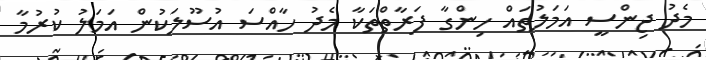
މެދު ޖިންސީ އަމަލުތައް ހިންގާ ފަރާތްތަކާ މެދު ހާއްސަ އުސޫލަކުން އަމަލު ކުރުމާ